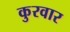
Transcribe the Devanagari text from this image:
कुरवार